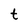
Character: t